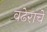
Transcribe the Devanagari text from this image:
वढेराचे